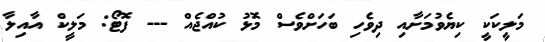
މަލީކަކީ ކިޔެވުމަށާއި ދިވެހި ބަހަށްވެސް މޮޅު ކުއްޖެއް --- ފޮޓޯ: މަލީކް އާއިލާ